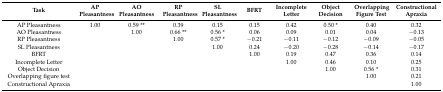
<table><thead><tr><td><b>Task</b></td><td><b>AP Pleasantness</b></td><td><b>AO Pleasantness</b></td><td><b>RP Pleasantness</b></td><td><b>SL Pleasantness</b></td><td><b>BFRT</b></td><td><b>Incomplete Letter </b></td><td><b>Object Decision</b></td><td><b>Overlapping Figure Test </b></td><td><b>Constructional Apraxia</b></td></tr></thead><tbody><tr><td>AP Pleasantness</td><td>1.00</td><td>0.59 **</td><td>0.39</td><td>0.15</td><td>0.15</td><td>0.42</td><td>0.50 *</td><td>0.40</td><td>0.32</td></tr><tr><td>AO Pleasantness</td><td></td><td>1.00</td><td>0.66 **</td><td>0.56 *</td><td>0.06</td><td>0.09</td><td>0.01</td><td>0.04</td><td>−0.13</td></tr><tr><td>RP Pleasantness</td><td></td><td></td><td>1.00</td><td>0.57 *</td><td>−0.21</td><td>−0.11</td><td>−0.12</td><td>−0.09</td><td>−0.05</td></tr><tr><td>SL Pleasantness</td><td></td><td></td><td></td><td>1.00</td><td>0.24</td><td>−0.20</td><td>−0.28</td><td>−0.14</td><td>−0.17</td></tr><tr><td>BFRT</td><td></td><td></td><td></td><td></td><td>1.00</td><td>0.19</td><td>0.47</td><td>0.36</td><td>0.14</td></tr><tr><td>Incomplete Letter </td><td></td><td></td><td></td><td></td><td></td><td>1.00</td><td>0.46</td><td>0.10</td><td>0.25</td></tr><tr><td>Object Decision</td><td></td><td></td><td></td><td></td><td></td><td></td><td>1.00</td><td>0.56 *</td><td>0.31</td></tr><tr><td>Overlapping figure test </td><td></td><td></td><td></td><td></td><td></td><td></td><td></td><td>1.00</td><td>0.21</td></tr><tr><td>Constructional Apraxia</td><td></td><td></td><td></td><td></td><td></td><td></td><td></td><td></td><td>1.00</td></tr></tbody></table>